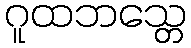
ဂူထဘသ္တေ